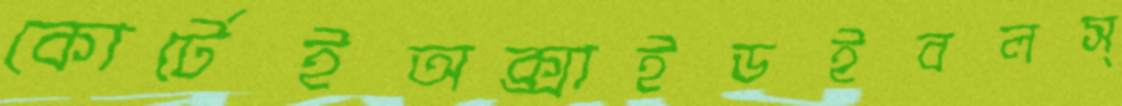
কোর্টেইঅক্সাইডইবলস্